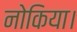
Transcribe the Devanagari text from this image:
नोकिया।